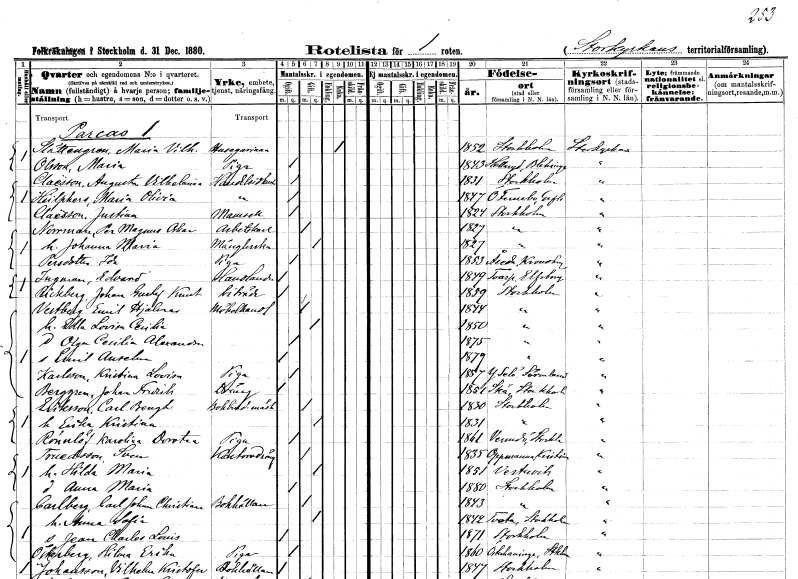
gt_parse: households: individuals: FN: Maria Vilhelmina
EN: Slättengren
YRKE: Husägarinna
KON: K
CIV: E
FODAR: 1852
FODFORS: Stockholm
FN: Maria
EN: Olsson
YRKE: Piga
KON: K
CIV: O
FODAR: 1843
FODFORS: Hällaryd Blekinge län
FN: Augusta Vilhelmina
EN: Claësson
YRKE: Handelsidkerska
KON: K
CIV: O
FODAR: 1831
FODFORS: Stockholm
FN: Maria Olivia
EN: Hülphers
YRKE: Handelsidkerska
KON: K
CIV: O
FODAR: 1847
FODFORS: Österfärnebo Gävleborgs län
FN: Justina
EN: Claësson
KON: K
CIV: O
FODAR: 1824
FODFORS: Stockholm
FN: Per Magnus Oskar
EN: Norrman
YRKE: Arbetskarl
KON: M
CIV: G
FODAR: 1827
FODFORS: Stockholm
FN: Johanna Maria
YRKE: Månglerska
KON: K
CIV: G
FODAR: 1827
FODFORS: Stockholm
FN: Ida
EN: Persdotter
YRKE: Piga
KON: K
CIV: O
FODAR: 1853
FODFORS: Åseda Kronobergs län
FN: Edvard
EN: Ingman
YRKE: Handlande
KON: M
CIV: O
FODAR: 1849
FODFORS: Toarp Älvsborgs län
FN: Johan Gustaf Knut
EN: Rickberg
YRKE: Biträde
KON: M
CIV: O
FODAR: 1859
FODFORS: Stockholm
FN: Emil Hjalmar
EN: Vestberg
YRKE: Möbelhandlare
KON: M
CIV: G
FODAR: 1844
FODFORS: Stockholm
FN: Edla Lovisa Cecilia
KON: K
CIV: G
FODAR: 1850
FODFORS: Stockholm
FN: Olga Cecilia Alexandra
KON: K
CIV: O
FODAR: 1875
FODFORS: Stockholm
FN: Emil Anselm
KON: M
CIV: O
FODAR: 1879
FODFORS: Stockholm
FN: Kristina Lovisa
EN: Karlsson
YRKE: Piga
KON: K
CIV: O
FODAR: 1857
FODFORS: Ytterselö Södermanlands län
FN: Johan Fredrik
EN: Berggren
YRKE: Dräng
KON: M
CIV: O
FODAR: 1851
FODFORS: Skå Stockholms län
FN: Carl Bengt
EN: Eriksson
YRKE: Bokbinderimästare
KON: M
CIV: G
FODAR: 1830
FODFORS: Stockholm
FN: Erika Kristina
KON: K
CIV: G
FODAR: 1831
FODFORS: Stockholm
FN: Karolina Dorotea
EN: Rönnlöf
YRKE: Piga
KON: K
CIV: O
FODAR: 1861
FODFORS: Värmdö Stockholms län
FN: Sven
EN: Truedsson
YRKE: Kontorsdräng
KON: M
CIV: G
FODAR: 1835
FODFORS: Oppmanna Kristianstads län
FN: Hilda Maria
KON: K
CIV: G
FODAR: 1851
FODFORS: Västervik Kalmar län
FN: Anna Maria
KON: K
CIV: O
FODAR: 1880
FODFORS: Stockholm
FN: Carl Johan Christian
EN: Carlberg
YRKE: Bokhållare
KON: M
CIV: G
FODAR: 1843
FODFORS: Stockholm
FN: Anna Sofia
KON: K
CIV: G
FODAR: 1842
FODFORS: Tveta Stockholms län